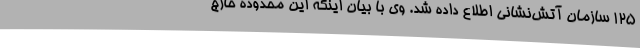
۱۲۵ سازمان آتش‌نشانی اطلاع داده شد. وی با بیان اینکه این محدوده خارج